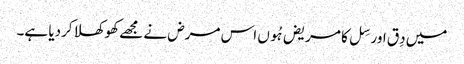
میں دِق اور سِل کا مریض ہُوں اس مرض نے مجھے کھوکھلا کردیا ہے۔